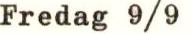
Fredag 9/9